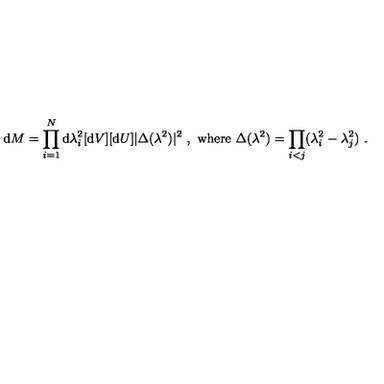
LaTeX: \mathrm { d } M = \prod _ { i = 1 } ^ { N } \mathrm { d } \lambda _ { i } ^ { 2 } [ \mathrm { d } V ] [ \mathrm { d } U ] | \Delta ( \lambda ^ { 2 } ) | ^ { 2 } \ , \ \mathrm { w h e r e } \ \Delta ( \lambda ^ { 2 } ) = \prod _ { i < j } ( \lambda _ { i } ^ { 2 } - \lambda _ { j } ^ { 2 } ) \ .